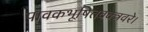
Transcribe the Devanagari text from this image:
पावकभूषितवक्त्रवरे।